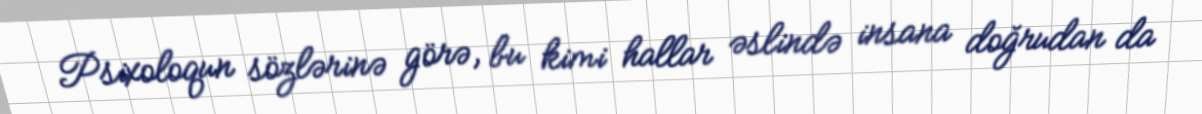
Psixoloqun sözlərinə görə, bu kimi hallar əslində insana doğrudan da